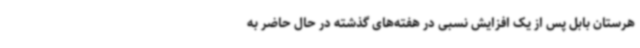
هرستان بابل پس از یک افزایش نسبی در هفته‌های گذشته در حال حاضر به